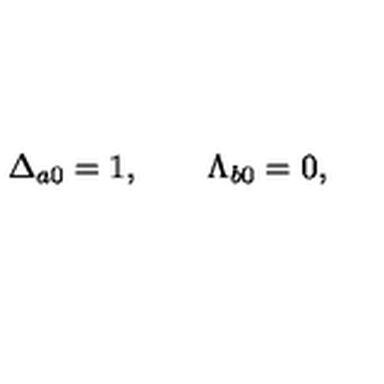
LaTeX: \Delta _ { a 0 } = 1 , \qquad \Lambda _ { b 0 } = 0 ,